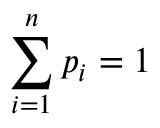
\sum _ { i = 1 } ^ { n } p _ { i } = 1